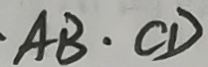
A B \cdot C D